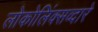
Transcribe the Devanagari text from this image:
लोकोलिंक्सव्दारे